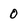
Character: 0